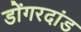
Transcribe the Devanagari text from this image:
डोंगरदांड